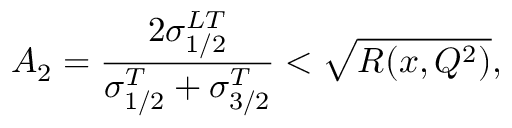
{ \cal A } _ { 2 } = \frac { 2 \sigma _ { 1 / 2 } ^ { L T } } { \sigma _ { 1 / 2 } ^ { T } + \sigma _ { 3 / 2 } ^ { T } } < \sqrt { R ( x , Q ^ { 2 } ) } ,